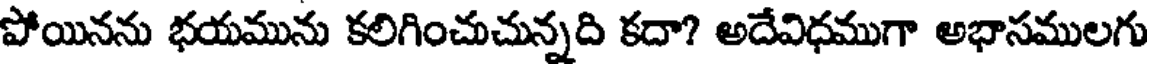
పోయినను భయమును కలిగించుచున్నది కదా? అదేవిధముగా అభాసములగు